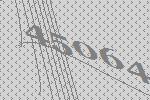
45064